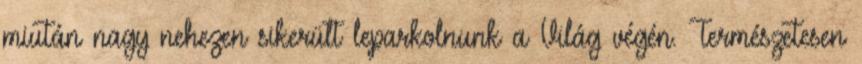
miután nagy nehezen sikerült leparkolnunk a Világ végén. Természetesen